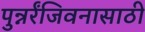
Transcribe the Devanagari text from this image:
पुन्नर्रंजिवनासाठी